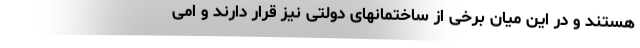
هستند و در این میان برخی از ساختمانهای دولتی نیز قرار دارند و امی